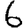
Digit: 6